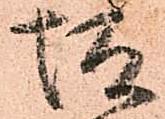
坂